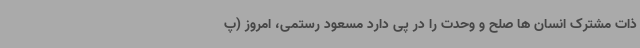
ذات مشترک انسان ها صلح و وحدت را در پی دارد مسعود رستمی، امروز (پ